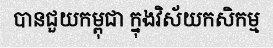
បានជួយកម្ពុជា ក្នុងវិស័យកសិកម្ម